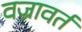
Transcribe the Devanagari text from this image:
वज्रावर्त